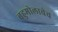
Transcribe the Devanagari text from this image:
बहुमोलाचेच